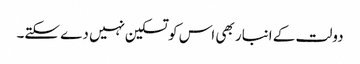
دولت کے انبار بھی اس کو تسکین نہیں دے سکتے۔